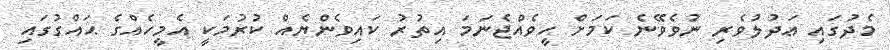
މެދުގައި ޢަދުލުވެރި ނުވެވޭނެ ކަމަށް ހީވެއްޖެނަމަ އިތުރު ކައިވެންޔެއް ކުރުމަކީ އެމީހެއްގެ ޙައްގުގައި